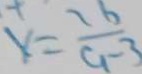
y = \frac { 1 6 } { 9 - 3 }